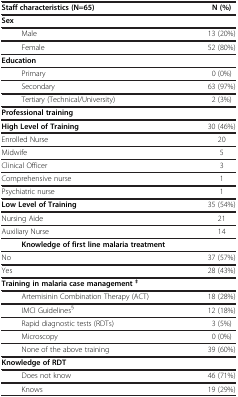
| Staff characteristics (N=65) | N (%) |
 | --- | --- |
 | Sex |  |
 | Male | 13 (20%) |
 | Female | 52 (80%) |
 | Education |  |
 | Primary | 0 (0%) |
 | Secondary | 63 (97%) |
 | Tertiary (Technical/University) | 2 (3%) |
 | Professional training |  |
 | High Level of Training | 30 (46%) |
 | Enrolled Nurse | 20 |
 | Midwife | 5 |
 | Clinical Officer | 3 |
 | Comprehensive nurse | 1 |
 | Psychiatric nurse | 1 |
 | Low Level of Training | 35 (54%) |
 | Nursing Aide | 21 |
 | Auxiliary Nurse | 14 |
 | Knowledge of first line malaria treatment |  |
 | No | 37 (57%) |
 | Yes | 28 (43%) |
 | Training in malaria case management ‡ |  |
 | Artemisinin Combination Therapy (ACT) | 18 (28%) |
 | IMCI Guidelines§ | 12 (18%) |
 | Rapid diagnostic tests (RDTs) | 3 (5%) |
 | Microscopy | 0 (0%) |
 | None of the above training | 39 (60%) |
 | Knowledge of RDT |  |
 | Does not know | 46 (71%) |
 | Knows | 19 (29%) |